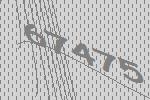
67475